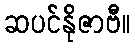
ဆပင်နိုဇာဗီ။